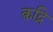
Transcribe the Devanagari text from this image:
क़द्रि